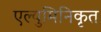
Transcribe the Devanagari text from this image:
एल्युमिनिकृत